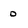
Character: 0